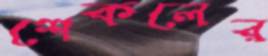
শেকলের